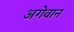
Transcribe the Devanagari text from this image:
अगेवान